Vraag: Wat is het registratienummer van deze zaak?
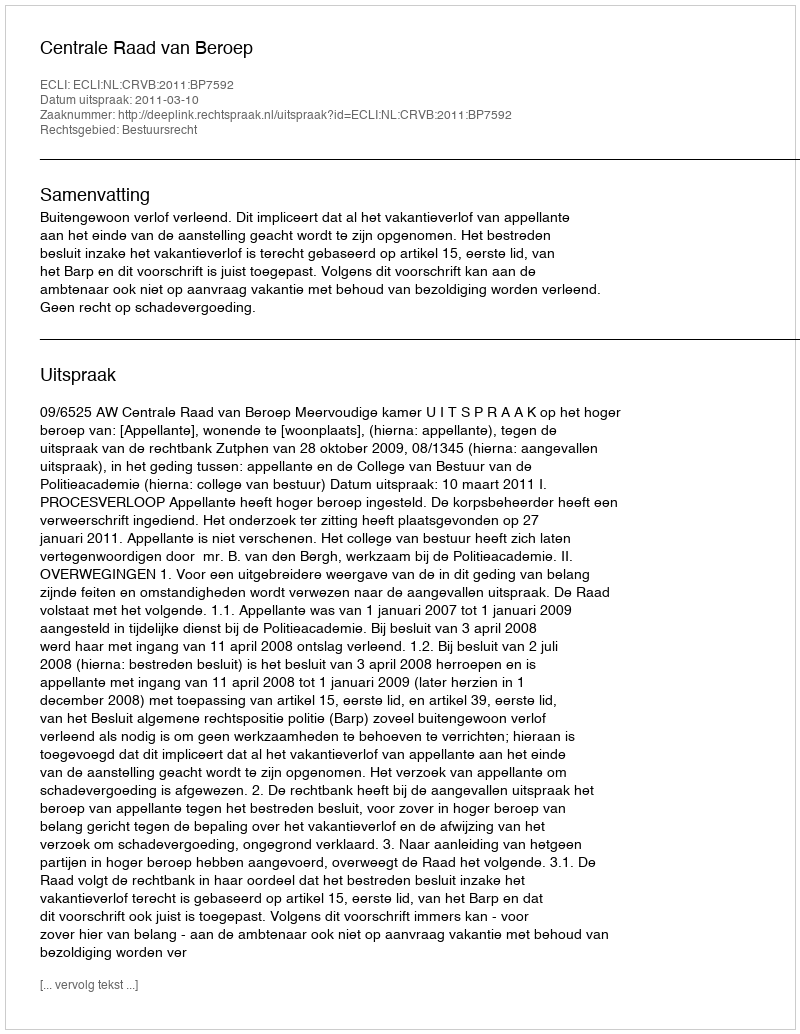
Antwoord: http://deeplink.rechtspraak.nl/uitspraak?id=ECLI:NL:CRVB:2011:BP7592